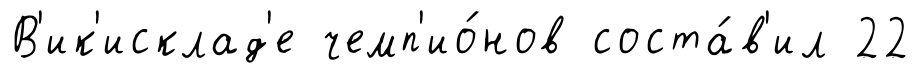
В'ик'исклад'е чемп'ио́нов соста́в'ил 22